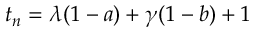
t _ { n } = \lambda ( 1 - a ) + \gamma ( 1 - b ) + 1